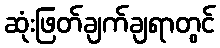
ဆုံးဖြတ်ချက်ချရာတွင်